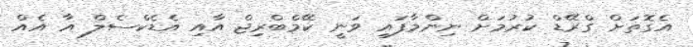
އެގޮތަށް ގްރޭޑް ކުރުމަށް ނިންމާފައި ވަނީ ކޭމްބްރިޖް އާއި އެޑެކްސެލް އާ އެއް